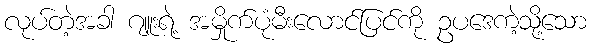
လုပ်တဲ့အခါ ဂျူးရဲ့ အမှိုက်ပုံမီးလောင်ပြင်ကို ဥပဒေကဲ့သို့သော